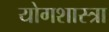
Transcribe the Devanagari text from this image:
योगशास्त्रा